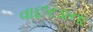
વાછરડાના